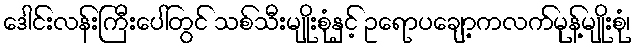
ဒေါင်းလန်းကြီးပေါ်တွင် သစ်သီးမျိုးစုံနှင့် ဥရောပချော့ကလက်မုန့်မျိုးစုံ၊